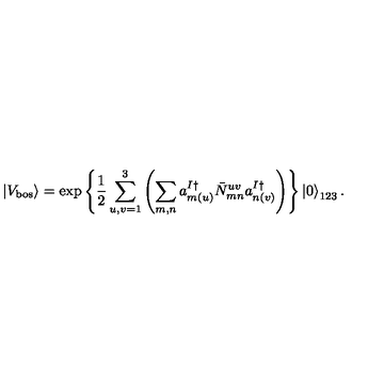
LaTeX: \left| V _ { \mathrm { b o s } } \right> = \exp \left\{ \frac { 1 } { 2 } \sum _ { u , v = 1 } ^ { 3 } \left( \sum _ { m , n } a _ { m ( u ) } ^ { I \dagger } { \bar { N } } _ { m n } ^ { u v } a _ { n ( v ) } ^ { I \dagger } \right) \right\} \left| 0 \right> _ { 1 2 3 } .